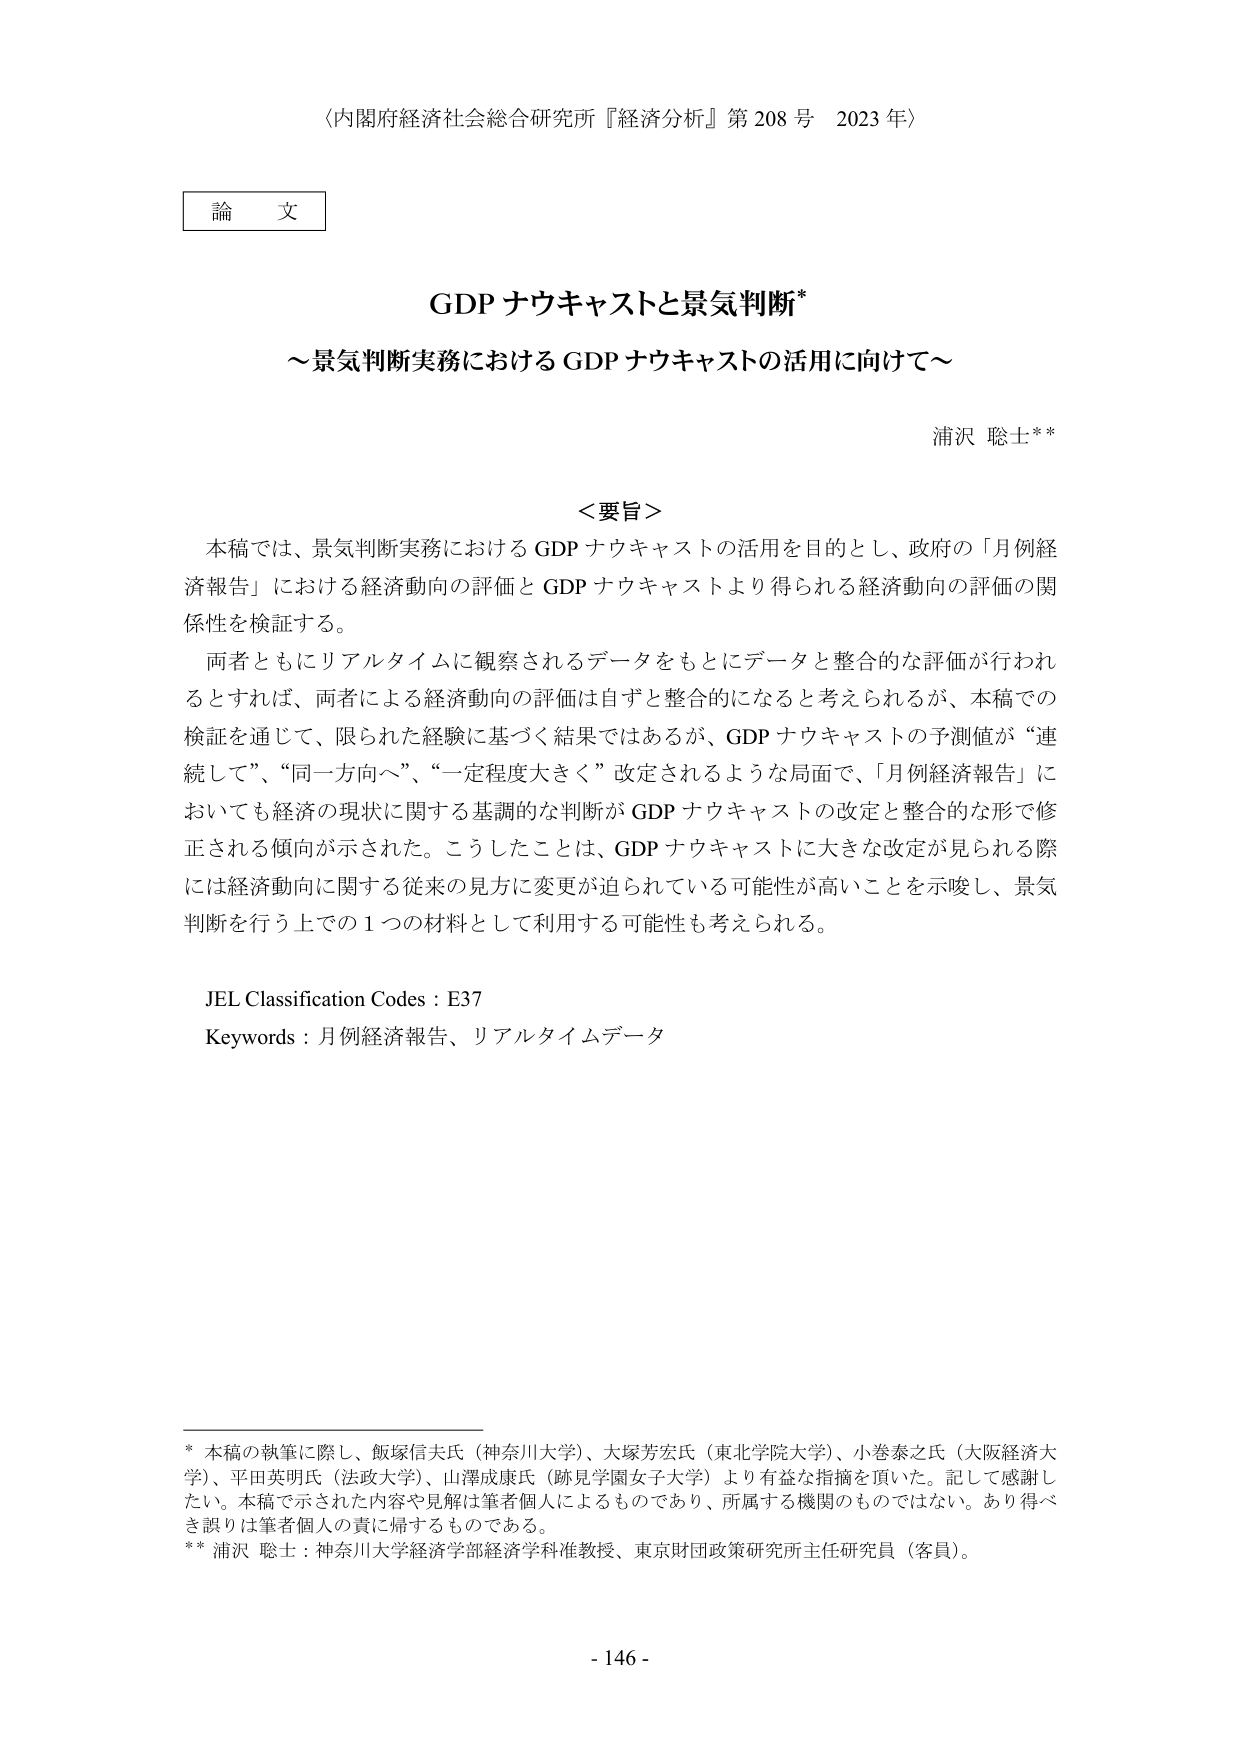
〈内閣府経済社会総合研究所『経済分析』第208号 2023年〉

論文

GDPナウキャストと景気判断*
～景気判断実務におけるGDPナウキャストの活用に向けて～

浦沢 聡士**

＜要旨＞
本稿では、景気判断実務におけるGDPナウキャストの活用を目的とし、政府の「月例経済報告」における経済動向の評価とGDPナウキャストより得られる経済動向の評価の関係性を検証する。
両者ともにリアルタイムに観察されるデータをもとにデータと整合的な評価が行われるとすれば、両者による経済動向の評価は自ずと整合的になると考えられるが、本稿での検証を通じて、限られた経験に基づく結果ではあるが、GDPナウキャストの予測値が“連続して”、“同一方向へ”、“一定程度大きく”改定されるような局面で、「月例経済報告」においても経済の現状に関する基調的な判断がGDPナウキャストの改定と整合的な形で修正される傾向が示された。こうしたことは、GDPナウキャストに大きな改定が見られる際には経済動向に関する従来の見方に変更が迫られている可能性が高いことを示唆し、景気判断を行う上での1つの材料として利用する可能性も考えられる。

JEL Classification Codes：E37
Keywords：月例経済報告、リアルタイムデータ

* 本稿の執筆に際し、飯塚信夫氏（神奈川大学）、大塚芳宏氏（東北学院大学）、小巻泰之氏（大阪経済大学）、平田英明氏（法政大学）、山澤成康氏（跡見学園女子大学）より有益な指摘を頂いた。記して感謝したい。本稿で示された内容や見解は筆者個人によるものであり、所属する機関のものではない。あり得べき誤りは筆者個人の責に帰するものである。
** 浦沢 聡士：神奈川大学経済学部経済学科准教授、東京財団政策研究所主任研究員（客員）。

- 146 -